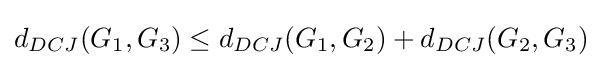
d_{DCJ}(G_{1},G_{3})\leq d_{DCJ}(G_{1},G_{2})+d_{DCJ}(G_{2},G_{3})